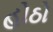
હોઠો